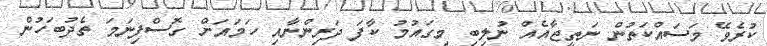
ކުރެވޭ މަސައްކަތުން ނަތީޖާއެއް ނުލިބި މިގައުމު ކާފަ ދަރިންނާއި ހަމައަށް ގޮސްފިނަމަ ތެދުބަހުން